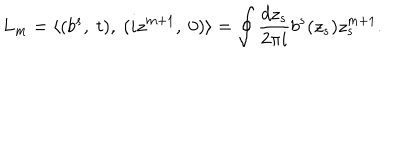
L _ { m } = \langle ( b ^ { s } , \ t ) , \ ( i z ^ { m + 1 } , \ 0 ) \rangle = \oint \frac { d z _ { s } } { 2 \pi i } b ^ { s } ( z _ { s } ) z _ { s } ^ { m + 1 } .